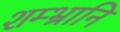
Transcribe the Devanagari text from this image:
शम्भ्रानि